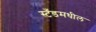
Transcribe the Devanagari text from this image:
स्टँडमधील